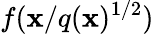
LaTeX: f(\mathbf{x}/q(\mathbf{x})^{1/2})